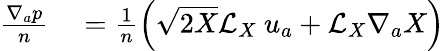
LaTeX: \begin{array}{rl}{\frac{\nabla_{a}p}{n}}&{{}=\frac{1}{n}\left(\sqrt{2X}\mathcal{L}_{X}\mathrm{~}u_{a}+\mathcal{L}_{X}\nabla_{a}X\right)}\end{array}